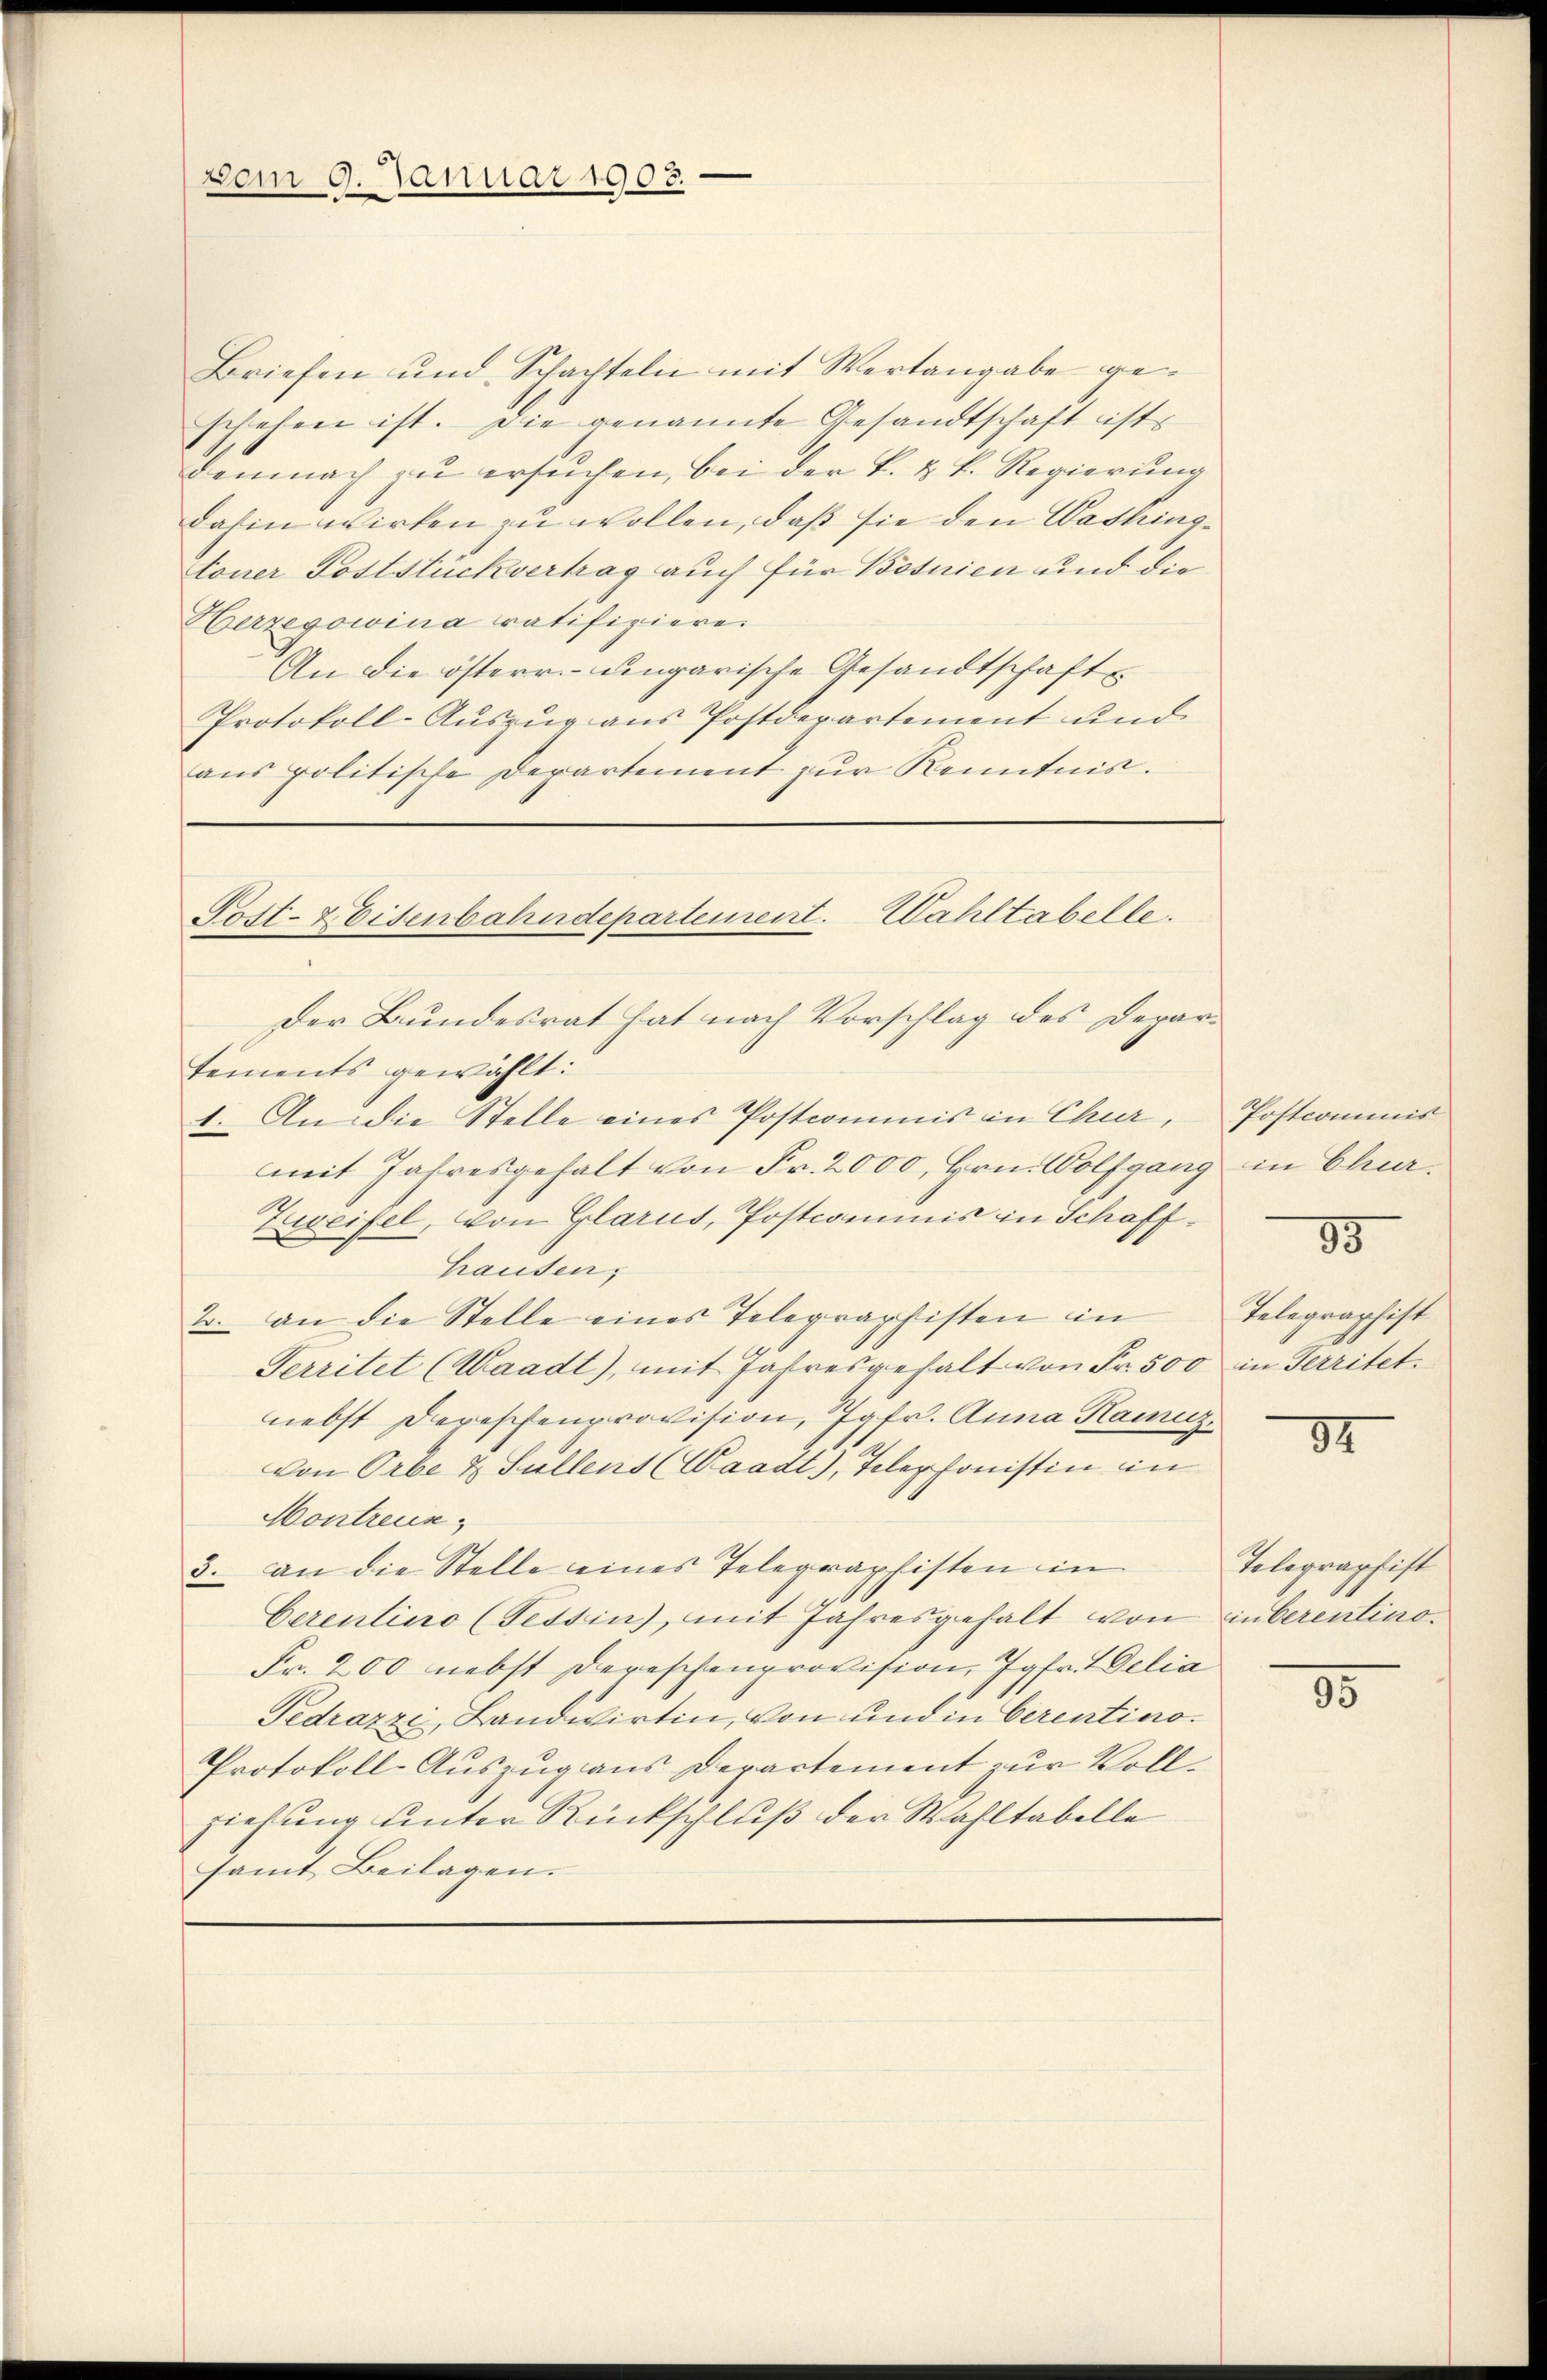
vom 9. Januar 1908.

Briefen und Schachteln mit Wertangabe geschehen ist. Die genannte Gesandtschaft ist
demnach zu ersuchen, bei der k. k. k. Regierung
dahin wirken zu wollen, daß sie den Washingtoner Poststückvertrag auch für Bosnien und die
Herzegowina ratifizieren
An die österr. ungarische Gesandtschaft
Protokoll-Auszug aus Postdepartement und
aus politische Departement zur Kenntnis.

Post- & Eisenbahndepartement. Wahltabelle.
Der Bundesrat hat nach Vorschlag des Departements gewählt:
1. An die Stelle eines Postcommis in Chur,

mit Jahresgehalt von Fr. 2000, Hrn. Wolfgang in Chur¬
Zureifel, von Glarus, Postcommis in Schaffhausen,
2. an die Stelle eines Telegraphisten in
Territet (Waadt), mit Jahresgehalt von Fr. 500 in Territet.
nebst dereschenprovision, Jgfr. Anna Kainz
von Orbe & Sullens (Waadt), Telephonistin in
Montreus
3. an die Stelle eines Telegraphisten in
Cerentino (Tessin, mit Jahresgehalt von inberentino¬
Fr. 200 nebst darischenprovision, Jgfr. Welia
Tedrazzi, Landwirtin, von und in Cerentino¬
Protokoll-Auszug aus Departement zur Vollziehung unter Rückschluß der Wahltabelle
samt Beilagen.

Postcommis

89

Telegraphist

37

Telegraphist

35